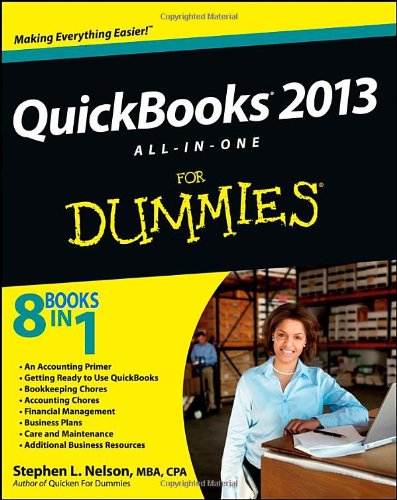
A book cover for QuickBooks 2013 All-in-One For Dummies; Stephen L. Nelson; Computers & Technology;